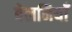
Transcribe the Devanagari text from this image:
बेलनियाँ